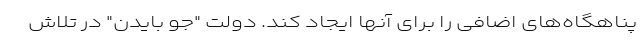
پناهگاه‌های اضافی را برای آنها ایجاد کند. دولت "جو بایدن" در تلاش